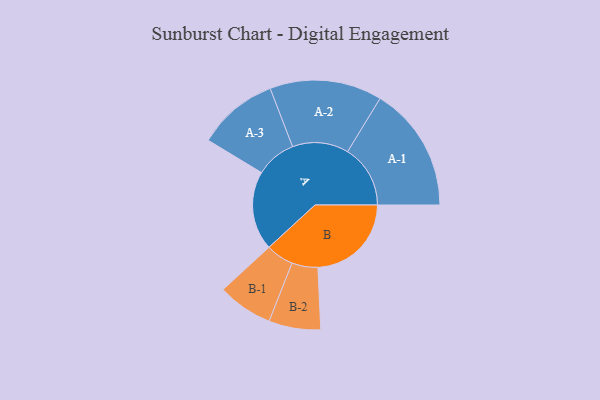
{"axis": {"x": "Segment", "y": "Value"}, "legend": ["", "A", "B"], "data": [{"x": "A", "y": 311, "type": ""}, {"x": "B", "y": 368, "type": ""}, {"x": "A-1", "y": 247, "type": "A"}, {"x": "A-2", "y": 221, "type": "A"}, {"x": "A-3", "y": 159, "type": "A"}, {"x": "B-1", "y": 109, "type": "B"}, {"x": "B-2", "y": 102, "type": "B"}]}